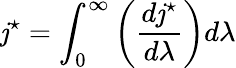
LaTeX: \mathit{j}^{\star}=\int_{0}^{\infty}\left({\frac{{d\mathit{j}^{\star}}}{{d\lambda}}}\right)d\lambda